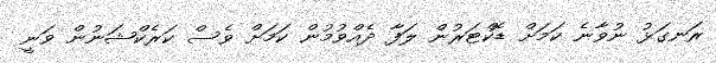
ރަނގަޅު ނުވާނެ ކަމަށް ޑޮކްޓަރުން ލަފާ ދެއްވުމުން ކަމަށް ވެސް ކަރެކްޝަނުން ވަނީ